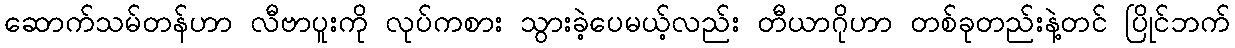
ဆောက်သမ်တန်ဟာ လီဗာပူးကို လုပ်ကစား သွားခဲ့ပေမယ့်လည်း တီယာဂိုဟာ တစ်ခုတည်းနဲ့တင် ပြိုင်ဘက်